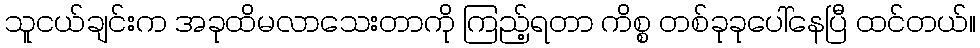
သူငယ်ချင်းက အခုထိမလာသေးတာကို ကြည့်ရတာ ကိစ္စ တစ်ခုခုပေါ်နေပြီ ထင်တယ်။